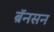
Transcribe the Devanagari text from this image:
ब्रॅनसन